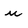
Character: u